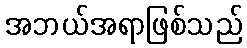
အဘယ်အရာဖြစ်သည်